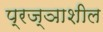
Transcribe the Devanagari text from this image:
प्रज्ञाशील